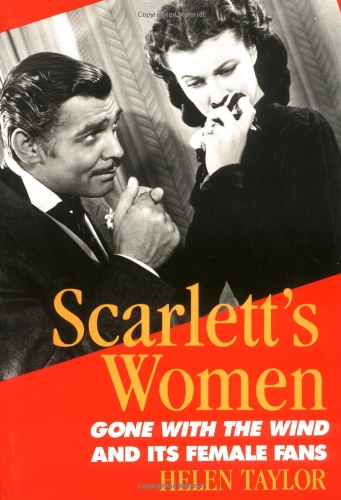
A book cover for Scarlett's Women: Gone With the Wind and Its Female Fans; Helen Taylor; Humor & Entertainment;